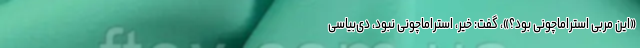
«این مربی استراماچونی بود؟»، گفت: خیر، استراماچونی نبود، دی‌بیاسی